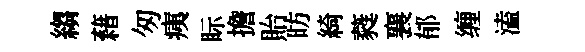
縐藉匆痍眎擔貽昉綺蕤襄郁缠溘